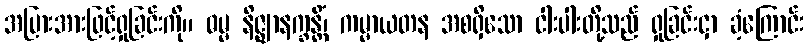
အပြားအားဖြင့်ရှုခြင်းကို။ ဓမ္မ နိဇ္ဈာနက္ခန္တိံ၊ ကမ္မာယတန အစရှိသော ငါးပါးတို့သည် ရှုခြင်းငှာ ခံ့ကြောင်း